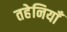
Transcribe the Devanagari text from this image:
तहेनियाँ